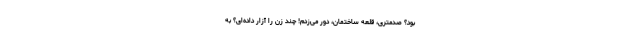
بود؟ صدمتری، قلعه ساختمان، دور می‌زدم! چند زن را آزار داده‌ای؟ به